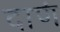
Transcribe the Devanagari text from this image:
दाणं